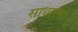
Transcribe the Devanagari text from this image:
साधारणां